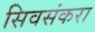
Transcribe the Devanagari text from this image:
सिवसंकरा